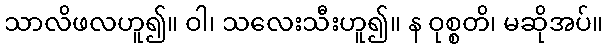
သာလိဖလဟူ၍။ ဝါ၊ သလေးသီးဟူ၍။ န ဝုစ္စတိ၊ မဆိုအပ်။